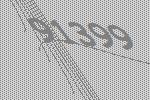
91399